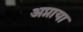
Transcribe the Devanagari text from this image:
अप्नाया